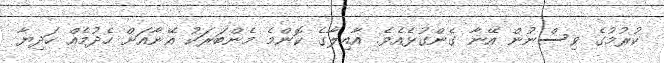
ކުރުމުގެ ވިސްނުން އޭނާ ގެންގުޅެއެވެ. އާއިލާގެ ކޮންމެ މެންބަރަކު އޭނާއަށް ހެދުމެއް ހަދިޔާ